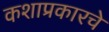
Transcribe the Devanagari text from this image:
कशाप्रकारचे